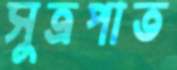
সুত্রপাত